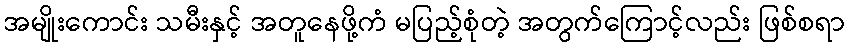
အမျိုးကောင်း သမီးနှင့် အတူနေဖို့ကံ မပြည့်စုံတဲ့ အတွက်ကြောင့်လည်း ဖြစ်စရာ